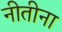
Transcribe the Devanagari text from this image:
नीतीना